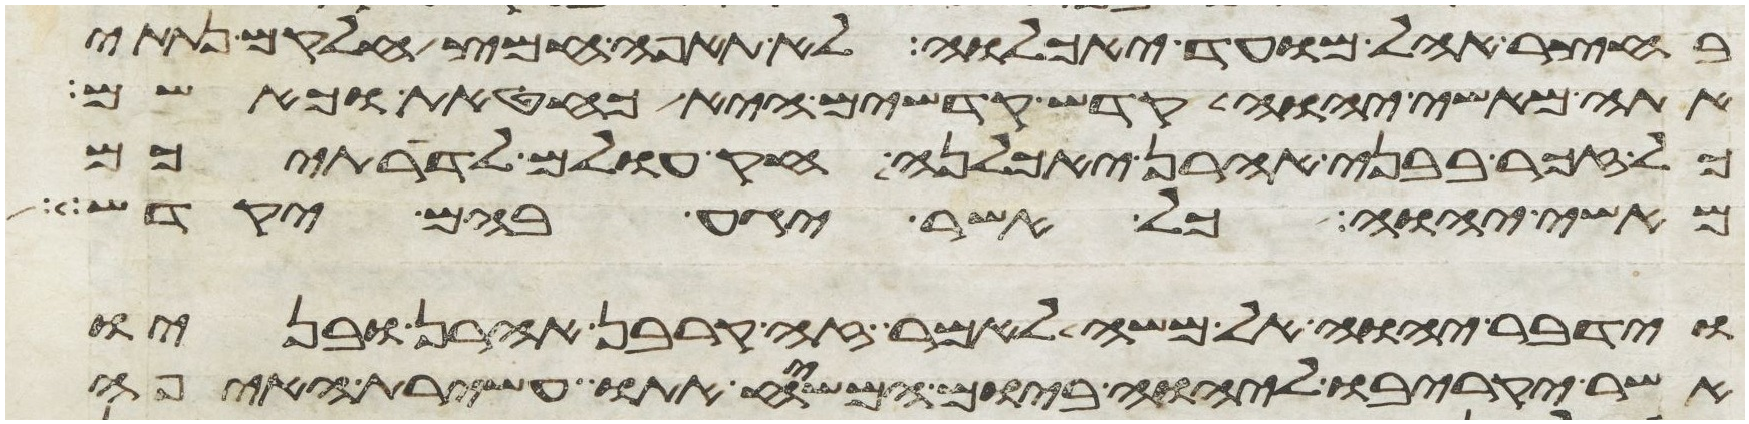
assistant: בחצר אהל מועד יאכלוה לא תאפה חמץ חלקם נתתי
אתה מאשי יהוה קדש קדשים היא כחטאת כאשם
כל זכר בבני אהרן יאכלנה חק עולם לדרתיכם
מאשי יהוה כל אשר יגע בהם יקדש
וידבר יהוה אל משה לאמר זה קרבן אהרן ובניו
אשר יקריבו ליהוה ביום המשיח אתו עשירת האיפה